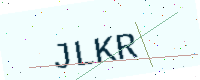
Text: JLKR